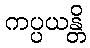
ကပ္ပယန္တိ